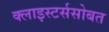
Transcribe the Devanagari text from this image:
क्लाइस्टर्ससोबत